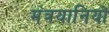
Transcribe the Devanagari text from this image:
मंत्रयानियों